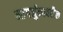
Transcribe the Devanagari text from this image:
नागर्जुनावरील